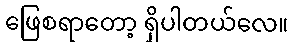
ဖြေစရာတော့ ရှိပါတယ်လေ။